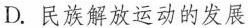
D.民族解放运动的发展